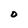
Character: O